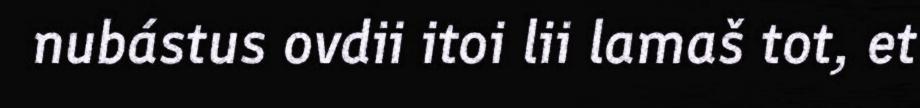
nubástus ovdii itoi lii lamaš tot, et